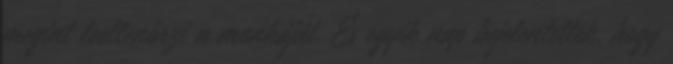
megint leellenőrzi a munkáját. És egyik nap bejelentették, hogy